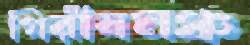
গিরীষমঞ্চ